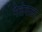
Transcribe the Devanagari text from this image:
गेलेलला